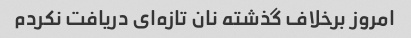
امروز برخلاف گذشته نان تازه‌ای دریافت نکردم